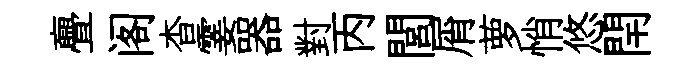
亹阁杳霎器對丙閭屑萝悄悠閈